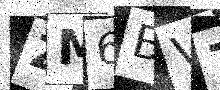
Text: ZM6BV7